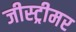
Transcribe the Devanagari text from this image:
जीस्ट्रीमर